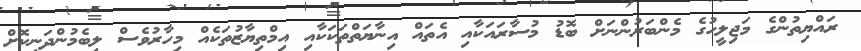
ރައްޔިތުންގެ މަޖިލީހުގެ މެންބަރުންނަށް ބޮޑު މުސާރައަކާއި އެތައް އިނާޔަތްތަކަކާއި އިމްތިޔާޒުތަކެއް މިހާރުވެސް ލިބެމުންދަނިކޮށް